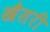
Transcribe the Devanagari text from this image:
खैसरी